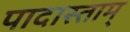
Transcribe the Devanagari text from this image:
पादास्ताम्